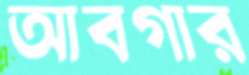
আবগার